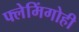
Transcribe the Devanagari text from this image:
फ्लेमिंगोही